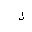
Letter: _lam